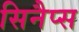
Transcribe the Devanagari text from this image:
सिनैप्स